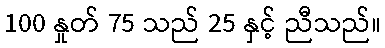
100 နှုတ် 75 သည် 25 နှင့် ညီသည်။